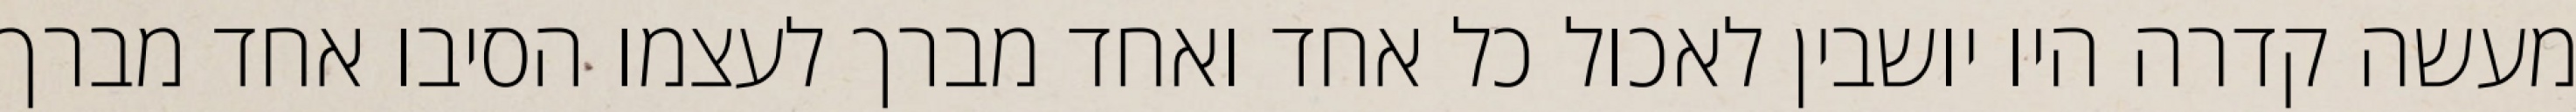
מעשה קדרה היו יושבין לאכול כל אחד ואחד מברך לעצמו הסיבו אחד מברך